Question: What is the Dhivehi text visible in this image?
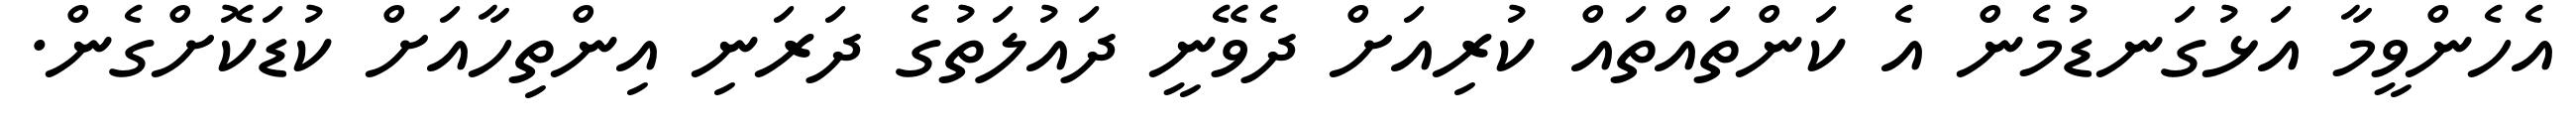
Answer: އެހެންވީމާ އަޅުގަނޑުމެން އެ ކަންތައްތައް ކުރިއަށް ދެވޭނީ ދައުލަތުގެ ދަރަނި އިންތިހާއަށް ކުޑަކޮށްގެން.